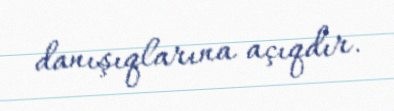
danışıqlarına açıqdır.